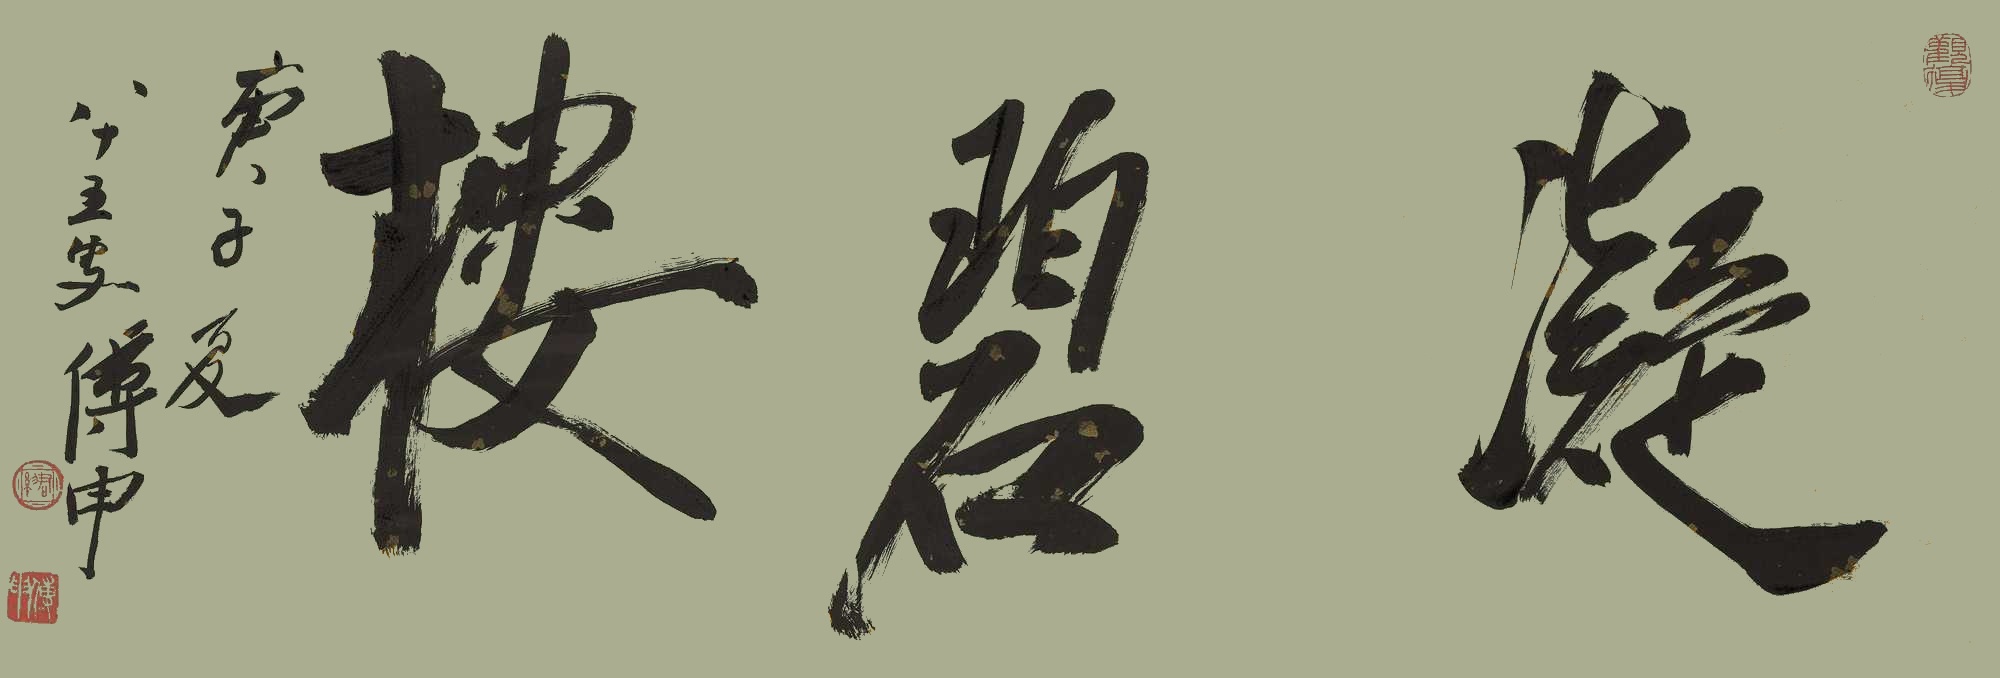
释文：凝碧楼庚子夏，八十五叟傅申。